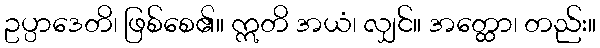
ဥပ္ပာဒေတိ၊ ဖြစ်စေ၏။ ဣတိ အယံ၊ လျှင်။ အတ္ထော၊ တည်း။